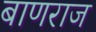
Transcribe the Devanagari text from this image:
बाणराज